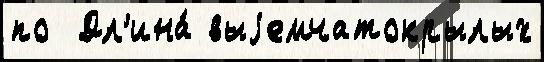
по  Дл'ина́ выjемчатокрылых